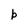
Character: b